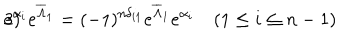
LaTeX: 3 ) \hspace { . 5 i n } e ^ { \alpha _ { i } } e ^ { \overline { { { \Lambda } } } _ { 1 } } = ( - 1 ) ^ { n \delta _ { i 1 } } e ^ { \overline { { { \Lambda } } } _ { 1 } } e ^ { \alpha _ { i } } \quad ( 1 \leq i \leq n - 1 )